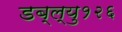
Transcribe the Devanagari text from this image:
डब्ल्यु१२६